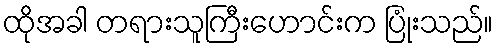
ထိုအခါ တရားသူကြီးဟောင်းက ပြုံးသည်။